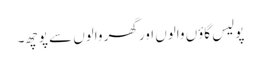
پولیس گاؤں والوں اور گھر والوں سے پوچھ۔